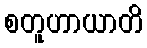
စတူဟာယာတိ